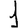
Digit: 1